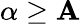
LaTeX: \alpha\geq\mathbf{A}